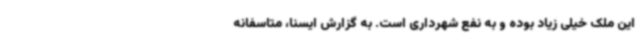
این ملک خیلی زیاد بوده و به نفع شهرداری است. به گزارش ایسنا، متاسفانه